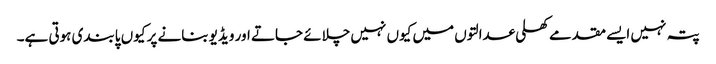
پتہ نہیں ایسے مقدمے کھلی عدالتوں میں کیوں نہیں چلائے جاتے اور ویڈیو بنانے پر کیوں پابندی ہوتی ہے۔